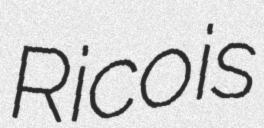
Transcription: Rico is